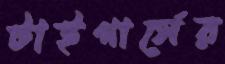
টাইগার্সের